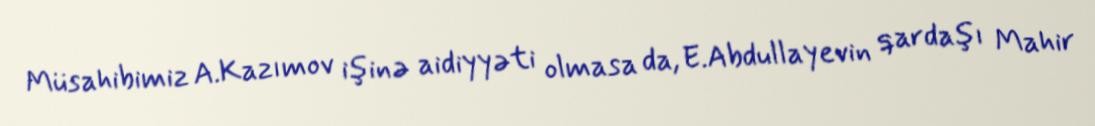
Müsahibimiz A.Kazımov işinə aidiyyəti olmasa da, E.Abdullayevin qardaşı Mahir